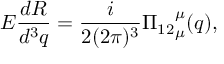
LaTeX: E \frac { d R } { d ^ { 3 } q } = \frac { i } { 2 ( 2 \pi ) ^ { 3 } } { \Pi _ { 1 2 } } _ { \mu } ^ { \mu } ( q ) ,